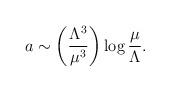
LaTeX: \begin{align*}a\sim \left ({\Lambda^3\over \mu^3}\right )\log {\mu\over \Lambda}.\end{align*}